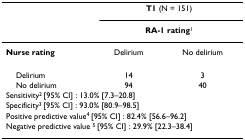
<table><thead><tr><td></td><td colspan="2"><b>T1 (N = 151)</b></td></tr><tr><td></td><td colspan="2"><b>RA-1 rating<sup>1</sup></b></td></tr></thead><tbody><tr><td><b>Nurse rating</b></td><td>Delirium</td><td>No delirium</td></tr><tr><td> Delirium</td><td>14</td><td>3</td></tr><tr><td> No delirium</td><td>94</td><td>40</td></tr><tr><td colspan="3">Sensitivity<sup>2 </sup>[95% CI] : 13.0% [7.3–20.8]</td></tr><tr><td colspan="3">Specificity<sup>3 </sup>[95% CI] : 93.0% [80.9–98.5]</td></tr><tr><td colspan="3">Positive predictive value<sup>4 </sup>[95% CI] : 82.4% [56.6–96.2]</td></tr><tr><td colspan="3">Negative predictive value <sup>5 </sup>[95% CI] : 29.9% [22.3–38.4]</td></tr></tbody></table>